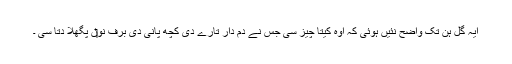
ایہ گل ہن تک واضح نئيں ہوئی کہ اوہ کیتا چیز سی جس نے دم دار تارے دی کچھ پانی دی برف نو‏‏ں پگھلا دتا سی ۔